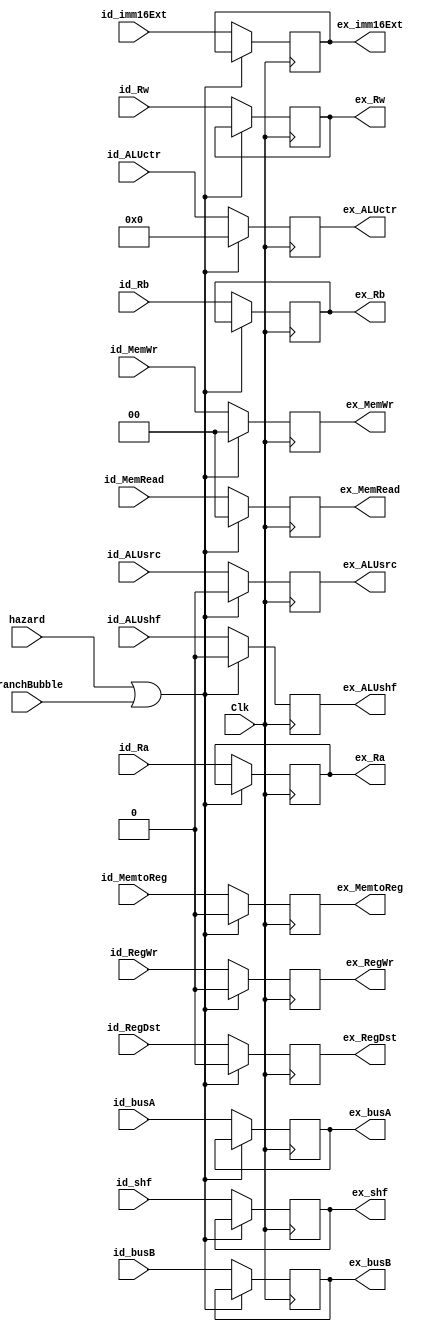
module id_ex(Clk, hazard, BranchBubble, id_busA, id_busB,
             id_Ra, id_Rb, id_Rw, id_imm16Ext, id_RegWr,
             id_RegDst, id_ALUsrc, id_MemWr, id_MemtoReg,id_ALUctr, id_MemRead, id_shf, id_ALUshf,
             ex_busA,   ex_busB,
             ex_Ra, ex_Rb, ex_Rw, ex_imm16Ext, ex_RegWr,  
             ex_RegDst, ex_ALUsrc,ex_MemWr,ex_MemtoReg,ex_ALUctr,   ex_MemRead, ex_shf, ex_ALUshf);

        input         Clk;
        input         hazard;
        input         BranchBubble;
        input [31:0]  id_busA;
        input [31:0]  id_busB;
        input [4:0]   id_Ra;
        input [4:0]   id_Rb;
        input [4:0]   id_Rw;
        input [31:0]  id_imm16Ext;
        input	      id_RegWr,id_RegDst,id_ALUsrc;
        input [1:0]   id_MemWr;
        input         id_MemtoReg;
	    input [3:0]   id_ALUctr;
        input [1:0]   id_MemRead;
        input [4:0]   id_shf;
	    input         id_ALUshf;

        output reg [4:0]   ex_Ra;
        output reg [4:0]   ex_Rb;
        output reg [4:0]   ex_Rw;
        output reg [31:0]  ex_busA;
        output reg [31:0]  ex_busB;
        output reg [31:0]  ex_imm16Ext;
        output reg         ex_RegWr,ex_RegDst,ex_ALUsrc;
        output reg [1:0]   ex_MemWr;
        output reg         ex_MemtoReg;
	    output reg [3:0]   ex_ALUctr;     
        output reg [1:0]   ex_MemRead;
        output reg [4:0]   ex_shf;
	    output reg         ex_ALUshf;

	   initial begin
             ex_Ra        = 5'd0;
             ex_Rb        = 5'd0;
             ex_Rw        = 5'd0;
             ex_busA      = 32'd0;
             ex_busB      = 32'd0;
             ex_imm16Ext  = 32'd0;
	         ex_RegWr     = 0;
	         ex_RegDst    = 0;
	         ex_ALUsrc    = 0;
	         ex_MemWr     = 2'd0;
	         ex_MemtoReg  = 0;  
             ex_ALUctr    = 4'd0;
             ex_MemRead   = 2'd0;
             ex_shf       = 5'd0;
             ex_ALUshf    = 0;
	    end
        always @(posedge Clk)
        begin
             if (hazard || BranchBubble) begin
                 ex_RegWr     <= 0;
                 ex_RegDst    <= 0;
                 ex_ALUsrc    <= 0;
                 ex_MemWr     <= 2'b0;
                 ex_MemtoReg  <= 0;
                 ex_ALUctr    <= 4'b0;  
                 ex_MemRead   <= 2'b0; 
                 ex_ALUshf    <= 0; 
             end else begin
                 ex_Ra        <= id_Ra;
                 ex_Rb        <= id_Rb;
                 ex_Rw        <= id_Rw;
                 ex_busA      <= id_busA;
                 ex_busB      <= id_busB;
                 ex_imm16Ext  <= id_imm16Ext;
                 ex_shf       <= id_shf;
                //control
                 ex_RegWr     <= id_RegWr;
                 ex_RegDst    <= id_RegDst;
                 ex_ALUsrc    <= id_ALUsrc;
                 ex_MemWr     <= id_MemWr;
                 ex_MemtoReg  <= id_MemtoReg;
                 ex_ALUctr    <= id_ALUctr;    
                 ex_MemRead   <= id_MemRead;
                 ex_ALUshf    <= id_ALUshf;
             end 
        end
endmodule